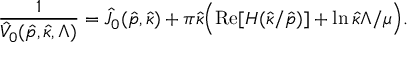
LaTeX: \frac { 1 } { \hat { V } _ { 0 } ( \hat { p } , \hat { \kappa } , \Lambda ) } = \hat { J } _ { 0 } ( \hat { p } , \hat { \kappa } ) + \pi \hat { \kappa } \Bigl ( \mathrm { R e } [ H ( \hat { \kappa } / \hat { p } ) ] + \ln \hat { \kappa } \Lambda / \mu \Bigr ) .